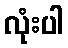
လုံးပါ